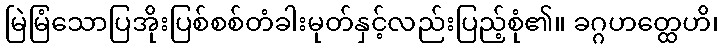
မြဲမြံသောပြအိုးပြစ်စစ်တံခါးမုတ်နှင့်လည်းပြည့်စုံ၏။ ခဂ္ဂဟတ္ထေဟိ၊